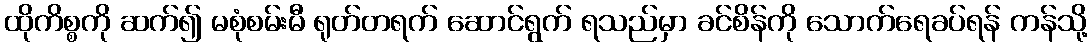
ထိုကိစ္စကို ဆက်၍ မစုံစမ်းမီ ရုတ်တရက် ဆောင်ရွက် ရသည်မှာ ခင်စိန်ကို သောက်ရေခပ်ရန် ကန်သို့